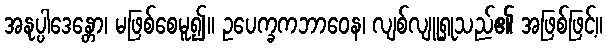
အနုပ္ပါဒေန္တော၊ မဖြစ်စေမူ၍။ ဥပေက္ခကဘာဝေန၊ လျစ်လျူရှုသည်၏ အဖြစ်ဖြင့်။